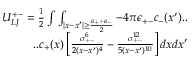
\begin{array} { r } { U _ { L J } ^ { + - } = \frac { 1 } { 2 } \int \int _ { | x - x ^ { \prime } | \geq \frac { a _ { + } + a _ { - } } { 2 } } - 4 \pi \epsilon _ { + - } c _ { - } ( x ^ { \prime } ) . . } \\ { . . c _ { + } ( x ) \left[ \frac { \sigma _ { + - } ^ { 6 } } { 2 ( x - x ^ { \prime } ) ^ { 4 } } - \frac { \sigma _ { + - } ^ { 1 2 } } { 5 ( x - x ^ { \prime } ) ^ { 1 0 } } \right] d x d x ^ { \prime } } \end{array}